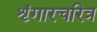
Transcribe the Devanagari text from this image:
शृंगारचरित्र